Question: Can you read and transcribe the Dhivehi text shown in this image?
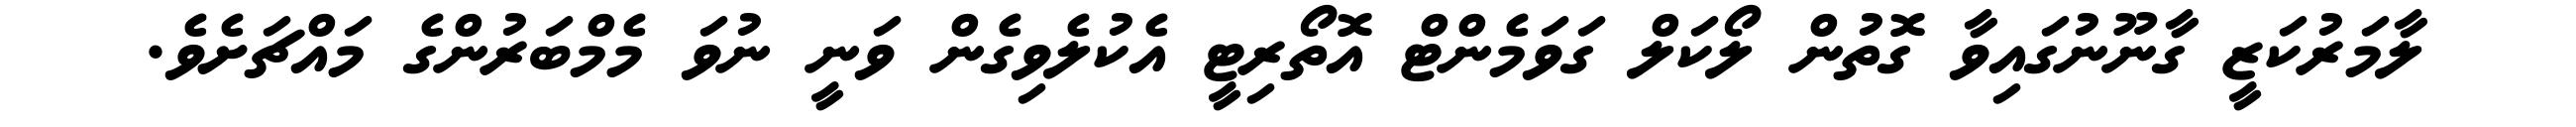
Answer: ލާމަރުކަޒީ ގާނޫނުގައިވާ ގޮތުން ލޯކަލް ގަވަމެންޓް އޮތޯރިޓީ އެކުލެވިގެން ވަނީ ނުވަ މެމްބަރުންގެ މައްޗަށެވެ.